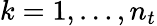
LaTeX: k=1,\dots,n_{t}